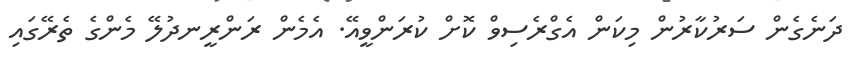
ދަނެގެން ސަރުކާރުން މިކަން އެގްރެސިވް ކޮށް ކުރަންވީއޭ. އެމެން ރަންރީނދުލޭ މެންގެ ތެރޭގައި